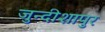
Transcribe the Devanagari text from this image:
जुन्दीशापुर